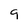
Character: g